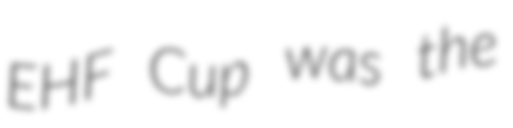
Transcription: EHF Cup was the